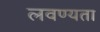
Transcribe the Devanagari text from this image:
लवण्यता